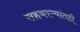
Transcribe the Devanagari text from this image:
सहकाऱ्यांतही